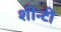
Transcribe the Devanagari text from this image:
शीन्टी